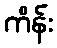
ကိန်း